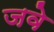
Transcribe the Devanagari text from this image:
जवे